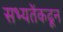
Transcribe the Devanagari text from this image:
सभ्यतेंकढून